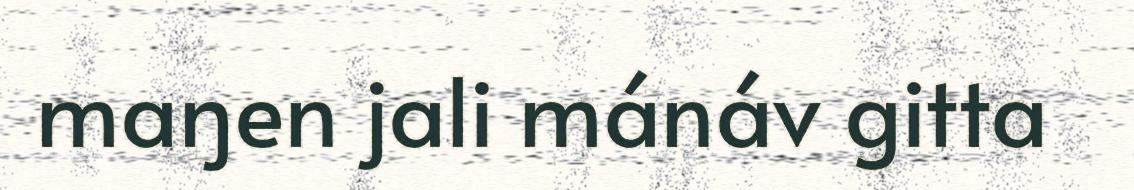
maŋen jali mánáv gitta